Annual administration and progress report of the Indian Medical Department, Bombay
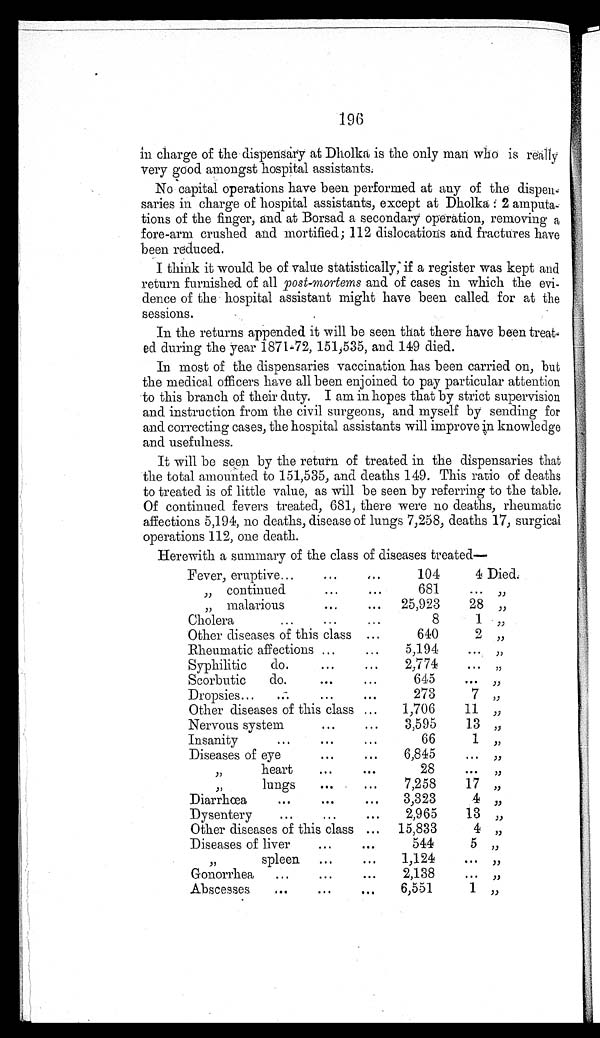
196
in charge of the dispensary at Dholka is the only man who is really
very good amongst hospital assistants.
No capital operations have been performed at any of the dispen-
saries in charge of hospital assistants, except at Dholka 2 amputa-
tions of the finger, and at Borsad a secondary operation, removing a
fore-arm crushed and mortified; 112 dislocations and fractures have
been reduced.
I think it would be of value statistically, if a register was kept and
return furnished of all post-mortems and of cases in which the evi-
dence of the hospital assistant might have been called for at the
sessions.
In the returns appended it will be seen that there have been treat-
ed during the year 1871-72, 151,535, and 149 died.
In most of the dispensaries vaccination has been carried on, but
the medical officers have all been enjoined to pay particular attention
to this branch of their duty. I am in hopes that by strict supervision
and instruction from the civil surgeons, and myself by sending for
and correcting cases, the hospital assistants will improve in knowledge
and usefulness.
It will be seen by the return of treated. in the dispensaries that
the total amounted. to 151,535, and deaths 149. This ratio of deaths
to treated is of little value, as will be seen by referring to the table.
Of continued fevers treated, 681; there were no deaths, rheumatic
affections 5,194, no deaths, disease of lungs 7,258, deaths 17, surgical
operations 112, one death.
Herewith a summary of the class of diseases treated:-
Fever, eruptive
104
4 Died,
'' continued
681
„ „
malarious
25,923
28 „
Cholera
8
1
„
Other diseases of this class
640
2
„
Rheumatic affections
5,194
...
„
Syphilitic
do.
2,774 ...
„
Scorbutic
do. ...
64
. . . ,,
Dropsies
273
7
„
Other diseases of this class
1,706
11 „
Nervous system
3,595
13
„
Insanity
66
1 „
Diseases of eye
6,845
...
„
,,
heart
28
. . .
„
„ l u n g s
7,258
17 „
Diarrhœa
3,323
4
„
Dysentery
2,965
13 „
Other diseases of this class
15,833
4
„
Diseases of liver
544
5
„
„ s p l e e n
1,124
. . .
„
Gonorrhea
2,138
. . .
„
Abscesses
6,551
1 „